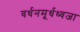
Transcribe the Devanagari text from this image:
वर्धनमूर्धध्वजा